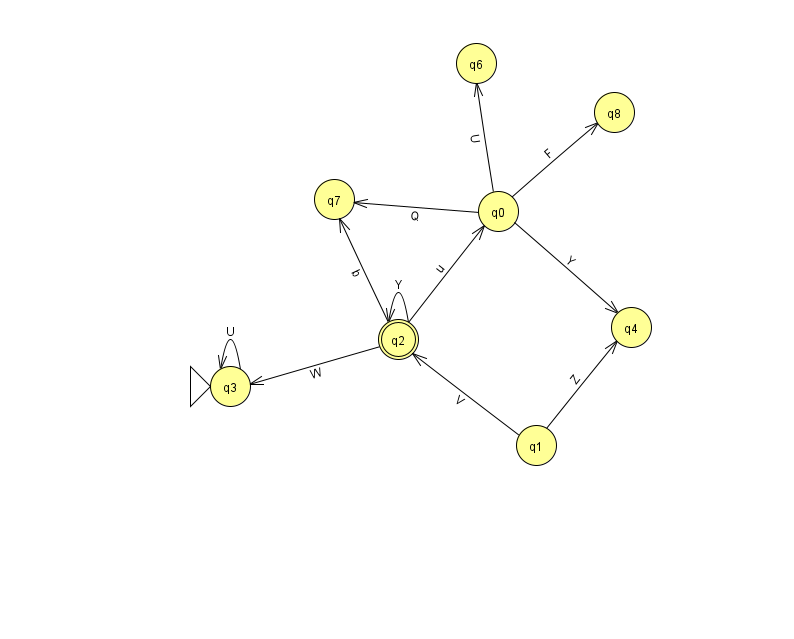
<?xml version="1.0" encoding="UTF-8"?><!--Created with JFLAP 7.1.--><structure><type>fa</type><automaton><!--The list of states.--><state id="0" name="q0"><x>498.0</x><y>198.0</y></state><state id="1" name="q1"><x>536.0</x><y>432.0</y></state><state id="2" name="q2"><x>398.0</x><y>326.0</y><final/></state><state id="3" name="q3"><x>230.0</x><y>373.0</y><initial/></state><state id="4" name="q4"><x>631.0</x><y>314.0</y></state><state id="6" name="q6"><x>476.0</x><y>50.0</y></state><state id="7" name="q7"><x>334.0</x><y>186.0</y></state><state id="8" name="q8"><x>614.0</x><y>99.0</y></state><!--The list of transitions.--><transition><from>2</from><to>7</to><read>b</read></transition><transition><from>0</from><to>8</to><read>F</read></transition><transition><from>1</from><to>2</to><read>V</read></transition><transition><from>1</from><to>4</to><read>Z</read></transition><transition><from>3</from><to>3</to><read>U</read></transition><transition><from>2</from><to>3</to><read>W</read></transition><transition><from>0</from><to>4</to><read>Y</read></transition><transition><from>2</from><to>0</to><read>u</read></transition><transition><from>2</from><to>2</to><read>Y</read></transition><transition><from>0</from><to>6</to><read>U</read></transition><transition><from>0</from><to>7</to><read>Q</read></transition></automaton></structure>